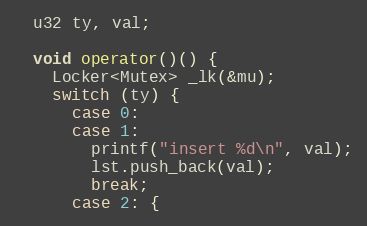
Language: C++
  u32 ty, val;

  void operator()() {
    Locker<Mutex> _lk(&mu);
    switch (ty) {
      case 0:
      case 1:
        printf("insert %d\n", val);
        lst.push_back(val);
        break;
      case 2: {